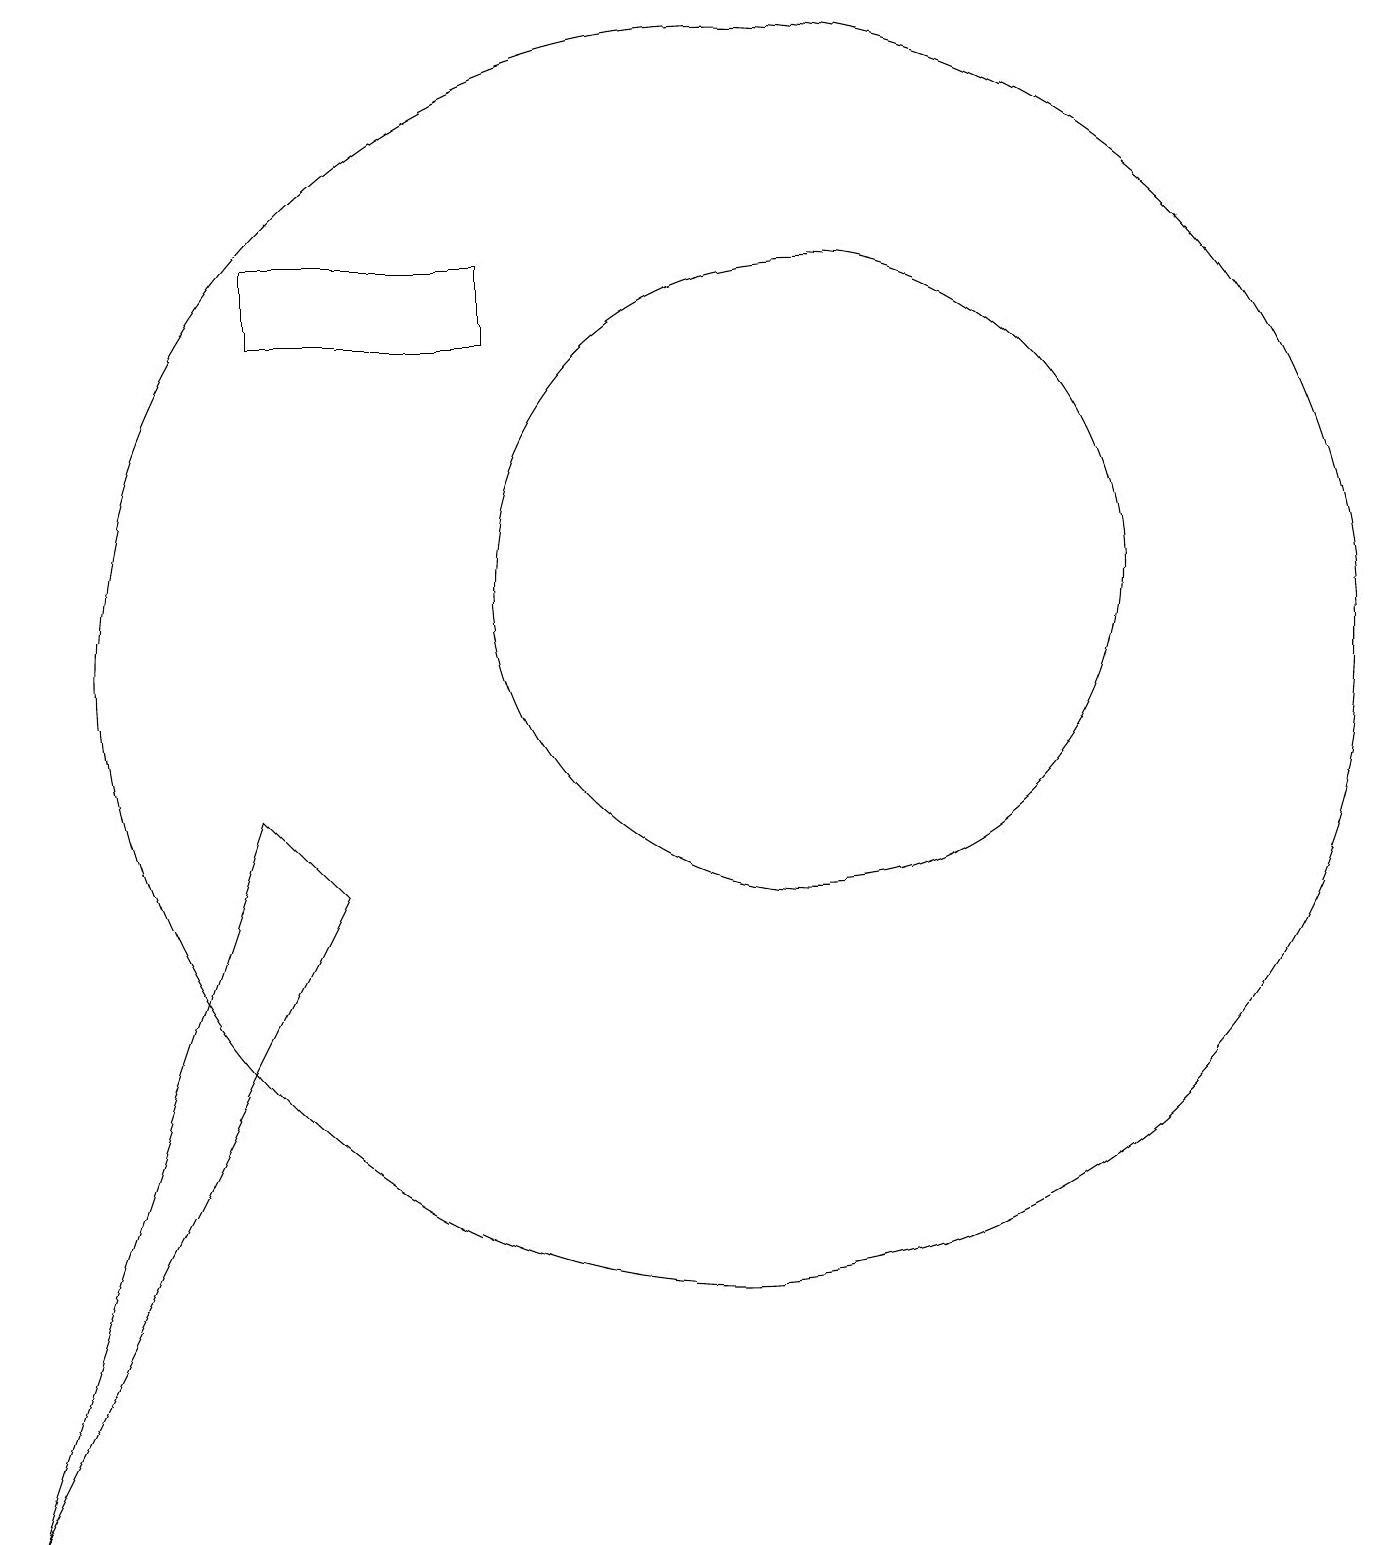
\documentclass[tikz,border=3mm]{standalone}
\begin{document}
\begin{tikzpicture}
\draw (8,16) rectangle (5,15);
\draw (11,11) circle (8);
\draw (4,12) rectangle (4,12);
\draw (2,0) -- (5,9) -- (6,8) -- cycle;
\draw (12,12) circle (4);
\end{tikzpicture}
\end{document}